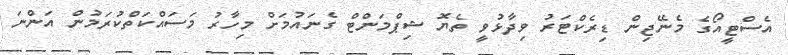
އެސްޓީއޯގެ މެނޭޖިން ޑިރެކްޓަރު ވިދާޅުވީ ތެޔޮ ޝިޕްމަންޓް ގެނައުމަށް މިހާރު މަސައްކަތްކުރަމުން އަންނަ